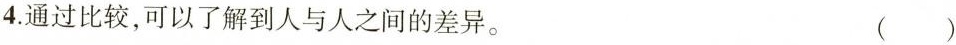
4.通过比较，可以了解到人与人之间的差异。 ()